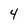
Character: 4